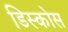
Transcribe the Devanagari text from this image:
डिस्कोस